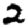
Digit: 2